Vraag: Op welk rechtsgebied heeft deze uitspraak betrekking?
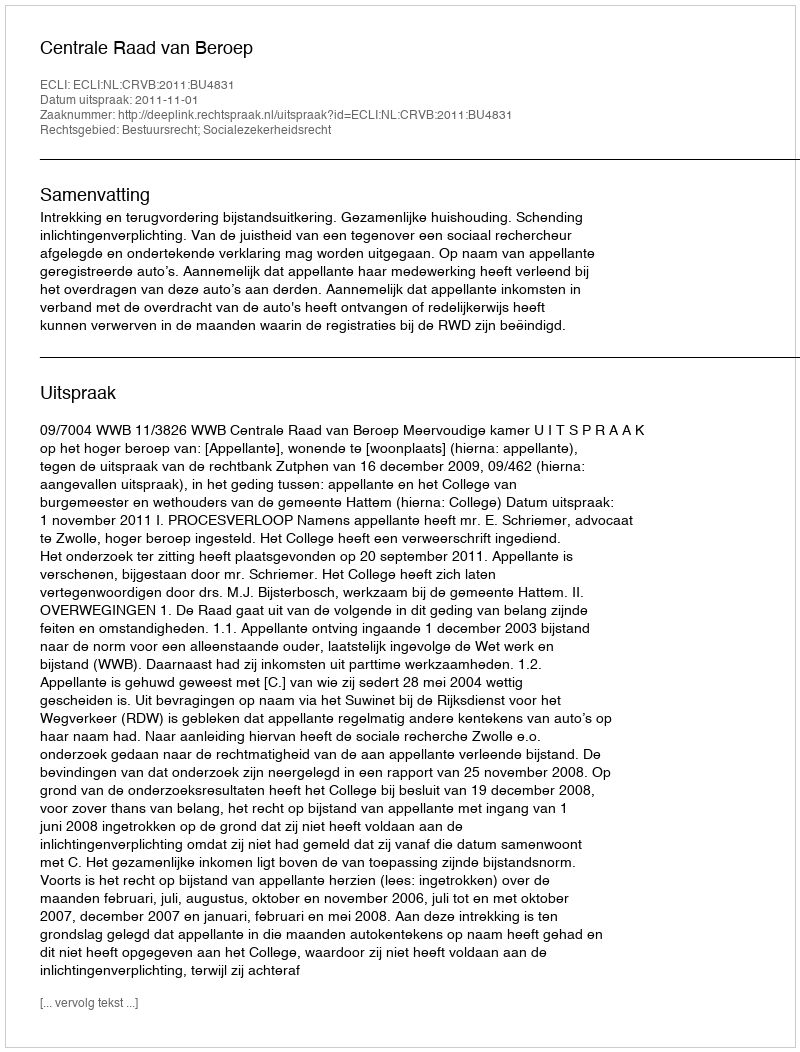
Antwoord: Bestuursrecht; Socialezekerheidsrecht